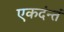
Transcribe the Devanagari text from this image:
एकदंन्तं